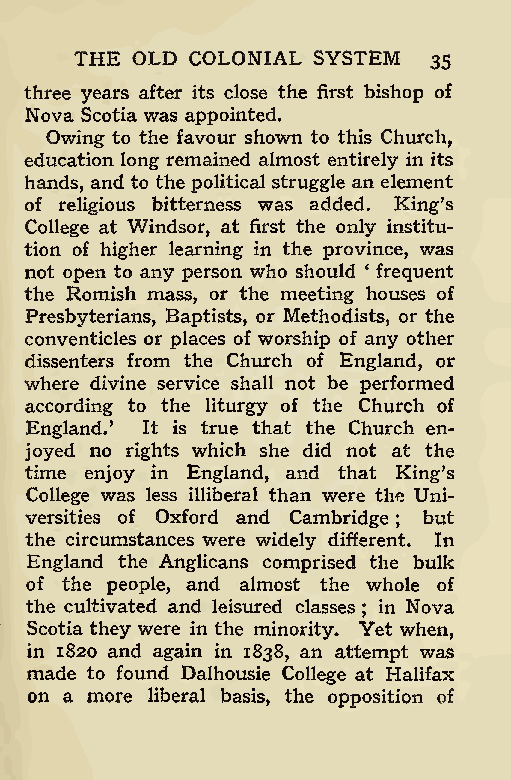
THE OLD COLONIAL SYSTEM
 35
 three years after its close the first bishop of
 Nova Scotia was appointed.
 Owing to the favour shown to this Church,
 education long remained almost entirely in its
 hands, and to the political struggle an element
 of religious bitterness was added. King’s
 College at Windsor, at first the only institu-
 tion of higher learning in the province, was
 not open to any person who should ‘ frequent
 the Romish mass, or the meeting houses of
 Presbyterians, Baptists, or Methodists, or the
 conventicles or places of worship of any other
 dissenters from the Church of England, or
 where divine service shall not be performed
 according to the liturgy of the Church of
 England.’ It is true that the Church en-
 joyed no rights which she did not at the
 time enjoy in England, and that King’s
 College was less illiberal than were the Uni-
 versities of Oxford and Cambridge but
 ;
 the circumstances were widely different. In
 England the Anglicans comprised the bulk
 of the people, and almost the whole of
 the cultivated and leisured classes in Nova
 ;
 Scotia they were in the minority. Yet when,
 in 1820 and again in 1838, an attempt was
 made to found Dalhousie College at Halifax
 on a more liberal basis, the opposition of